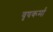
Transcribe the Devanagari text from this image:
वृषकर्मा